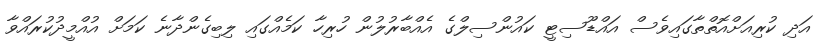
އަދި ކުރިއަށްއޮތްތާގައިވެސް އައްޑޫސިޓީ ކައުންސިލްގެ އެއްބާރުލުން ހުރިހާ ކަމެއްގައި ލިބިގެންދާނެ ކަމަށް އުއްމީދުކުރައްވާ